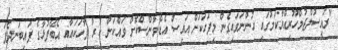
"ރައީސުލްޖުމްހޫރިއްޔާކަމުގައި ހުންނަވައިގެން މިފަހަކަށް އައިސް އެޑްވާންސްކޮށް ވައްކަން ކުރާ ވާހަކައާއި އެބޭފުޅާގެ ފައިބަނދެފަ